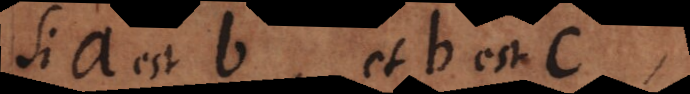
Si a est b, et b est c,